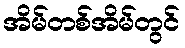
အိမ်တစ်အိမ်တွင်